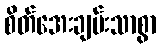
စိတ်အေးချမ်းသာစွာ